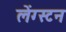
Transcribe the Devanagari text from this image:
लेंग्स्टन